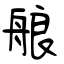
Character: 艆